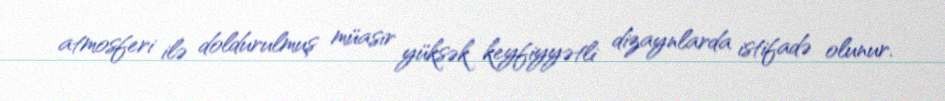
atmosferi ilə doldurulmuş müasir yüksək keyfiyyətli dizaynlarda istifadə olunur.